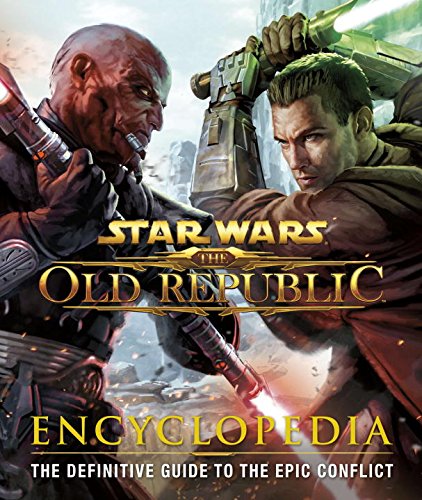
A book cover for Star Wars: The Old Republic: Encyclopedia; Ian Ryan; Humor & Entertainment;